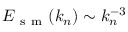
E _ { \mathrm { ~ s ~ m ~ } } ( k _ { n } ) \sim k _ { n } ^ { - 3 }